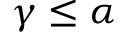
\gamma \leq \alpha